Report on vaccination in the Province of Bengal - 1869-1873
Year: 1869
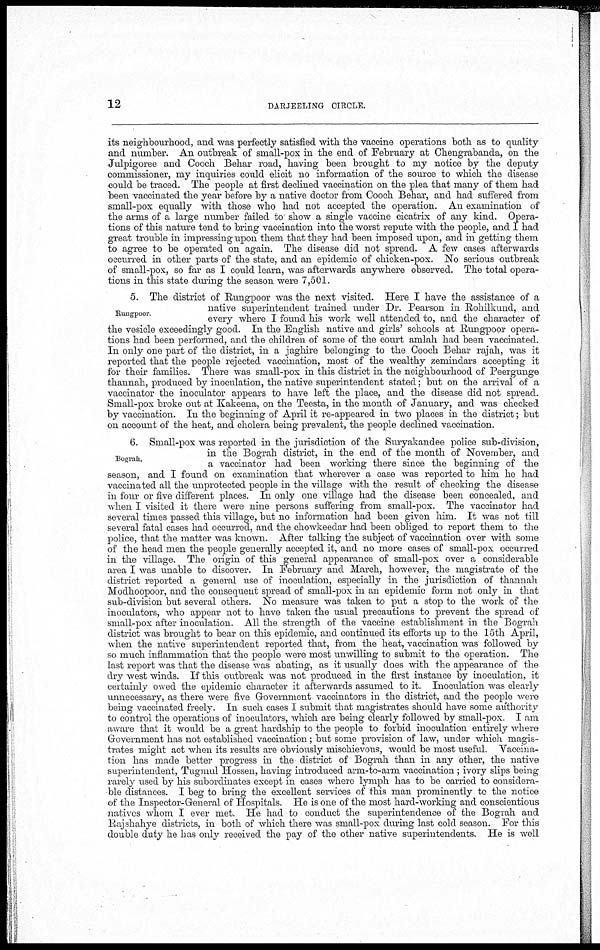
12
DARJEELING CIRCLE.
its neighbourhood, and was perfectly satisfied with the vaccine operations both as to quality
and number. An outbreak of small-pox in the end of February at Chengrabanda, on the
Julpigoree and Cooch Behar road, having been brought to my notice by the deputy
commissioner, my inquiries could elicit no information of the source to which the disease
could be traced. The people at first declined vaccination on the plea that many of them had
been vaccinated the year before by a native doctor from Cooch Behar, and had suffered from
small-pox equally with those who had not accepted the operation. An examination of
the arms of a large number failed to' show a single vaccine cicatrix of any kind. Opera-
tions of this nature tend to bring vaccination into the worst repute with the people, and I had
great trouble in impressing upon them that they had been imposed upon, and in getting them
to agree to be operated on again. The disease did not spread. A few cases afterwards
occurred in other parts of the state, and an epidemic of chicken-pox. No serious outbreak
of small-pox, so far as I could learn, was afterwards anywhere observed. The total opera-
tions in this state during the season were 7,501.
Rungpoor.
5. The district of Rungpoor was the next visited. Here I have the assistance of a
native superintendent trained under Dr. Pearson in Rohilkund, and
every where I found his work well attended to, and the character of
the vesicle exceedingly good. In the English native and girls' schools at Rungpoor opera-
tions had been performed, and the children of some of the court amlah had been vaccinated.
In only one part of the district, in a jaghire belonging to the Cooch Behar rajah, was it
reported that the people rejected vaccination, most of the wealthy zemindars accepting it
for their families. There was small-pox in this district in the neighbourhood of Peergunge
thannah, produced by inoculation, the native superintendent stated; but on the arrival of a
vaccinator the inoculator appears to have left the place, and the disease did not spread.
Small-pox broke out at Kakeena, on the Teesta, in the month of January, and was checked
by vaccination. In the beginning of April it re-appeared in two places in the district; but
on account of the heat, and cholera being prevalent, the people declined vaccination.
Bograh.
6. Small-pox was reported in the jurisdiction of the Suryakandee police sub-division,
in the Bograh district, in the end of the month of November, and
a vaccinator had been working there since the beginning of the
season, and I found on examination that wherever a case was reported to him he had
vaccinated all the unprotected people in the village with the result of checking the disease
in four or five different places. In only one village had the disease been concealed, and
when I visited it there were nine persons suffering from small-pox. The vaccinator had
several times passed this village, but no information had been given him. It was not till
several fatal cases had occurred, and the chowkeedar had been obliged to report them to the
police, that the matter was known. After talking the subject of vaccination over with some
of the head men the people generally accepted it, and no more cases of small-pox occurred
in the village. The origin of this general appearance of small-pox over a considerable
area I was unable to discover. In February and March, however, the magistrate of the
district reported a general use of inoculation, especially in the jurisdiction of thannah
Modhoopoor, and the consequent spread of small-pox in an epidemic form not only in that
sub-division but several others. No measure was taken to put a stop to the work of the
inoculators, who appear not to have taken the usual precautions to prevent the spread of
small-pox after inoculation. All the strength of the vaccine establishment in the Bograh
district was brought to bear on this epidemic, and continued its efforts up to the 15th April,
when the native superintendent reported that, from the heat, vaccination was followed by
so much inflammation that the people were most unwilling to submit to the operation. The
last report was that the disease was abating, as it usually does with the appearance of the
dry west winds. If this outbreak was not produced in the first instance by inoculation, it
certainly owed the epidemic character it afterwards assumed to it. Inoculation was clearly
unnecessary, as there were five Government vaccinators in the district, and the people were
being vaccinated freely. In such cases I submit that magistrates should have some authority
to control the operations of inoculators, which are being clearly followed by small-pox. I am
aware that it would be a great hardship to the people to forbid inoculation entirely where
Government has not established vaccination; but some provision of law, under which magis-
trates might act when its results are obviously mischievous, would be most useful. Vaccina-
tion has made better progress in the district of Bograh than in any other, the native
superintendent, Tugmul Hossen, having introduced arm-to-arm vaccination ; ivory slips being
rarely used by his subordinates except in cases where lymph has to be carried to considera-
ble distances. I beg to bring the excellent services of this man prominently to the notice
of the Inspector-General of Hospitals. He is one of the most hard-working and conscientious
natives whom I ever met. He had to conduct the superintendence of the Bograh and
Rajshahye districts, in both of which there was small-pox during last cold season. For this
double duty he has only received the pay of the other native superintendents. He is well